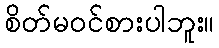
စိတ်မဝင်စားပါဘူး။